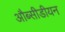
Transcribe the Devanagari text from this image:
औब्सीडीयन